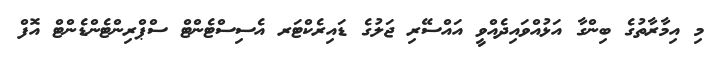
މި އިމާރާތުގެ ބިންގާ އަޅުއްވައިދެއްވީ އައްސޭރި ޖަލުގެ ޑައިރެކްޓަރ އެސިސްޓެންޓް ސްޕްރިންޓެންޑެންޓް އޮފް